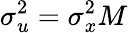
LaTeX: \sigma_{u}^{2}=\sigma_{x}^{2}M